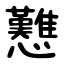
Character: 戁